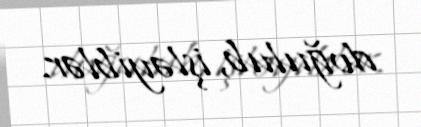
doğulub, işləyiblər.